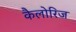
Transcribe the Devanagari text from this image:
कैलोरिज